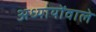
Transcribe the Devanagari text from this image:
अध्यायोंवाले